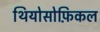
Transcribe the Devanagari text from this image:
थियोसोफ़िकल